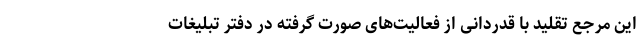
این مرجع تقلید با قدردانی از فعالیت‌های صورت گرفته در دفتر تبلیغات